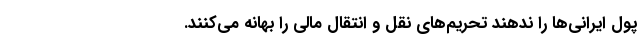
پول ایرانی‌ها را ندهند تحریم‌های نقل و انتقال مالی را بهانه می‌کنند.